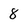
Character: 8